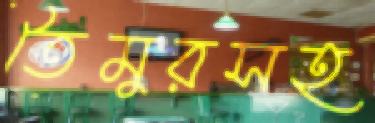
তৈমুরসহ